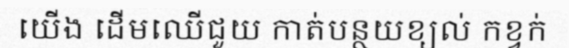
យើង ដើមឈើជួយ កាត់បន្ថយខ្យល់ កខ្វក់